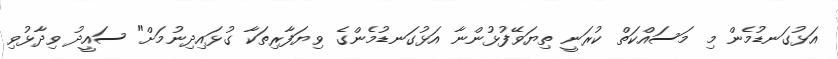
އަޅުގަނޑުމެން މި މަސައްކަތް ކުރަނީ ތިޔަވޭފުޅުންނާ އަޅުގަނޑުމެންގެ ވިޔަފާރިތަކާ ގުޅައިދިނުމަށް" ސައީދު ވިދާޅުވި